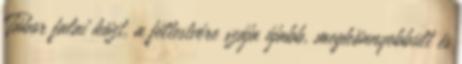
Tábor falai közt, a féltestvére szája újabb, megkönnyebbült és